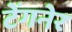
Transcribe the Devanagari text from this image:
टेंगनेर